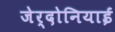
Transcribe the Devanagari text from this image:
जेर्दोनियाई